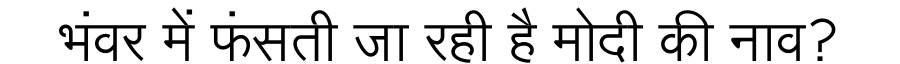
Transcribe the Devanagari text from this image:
भंवर में फंसती जा रही है मोदी की नाव?